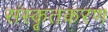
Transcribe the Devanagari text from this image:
संस्कृतकरण